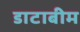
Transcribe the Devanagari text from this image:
डाटाबीम